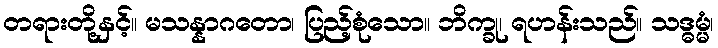
တရားတို့နှင့်။ မသန္နာဂတော၊ ပြည့်စုံသော။ ဘိက္ခု၊ ရဟန်းသည်။ သဒ္ဓမ္မံ၊